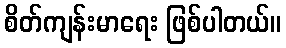
စိတ်ကျန်းမာရေး ဖြစ်ပါတယ်။